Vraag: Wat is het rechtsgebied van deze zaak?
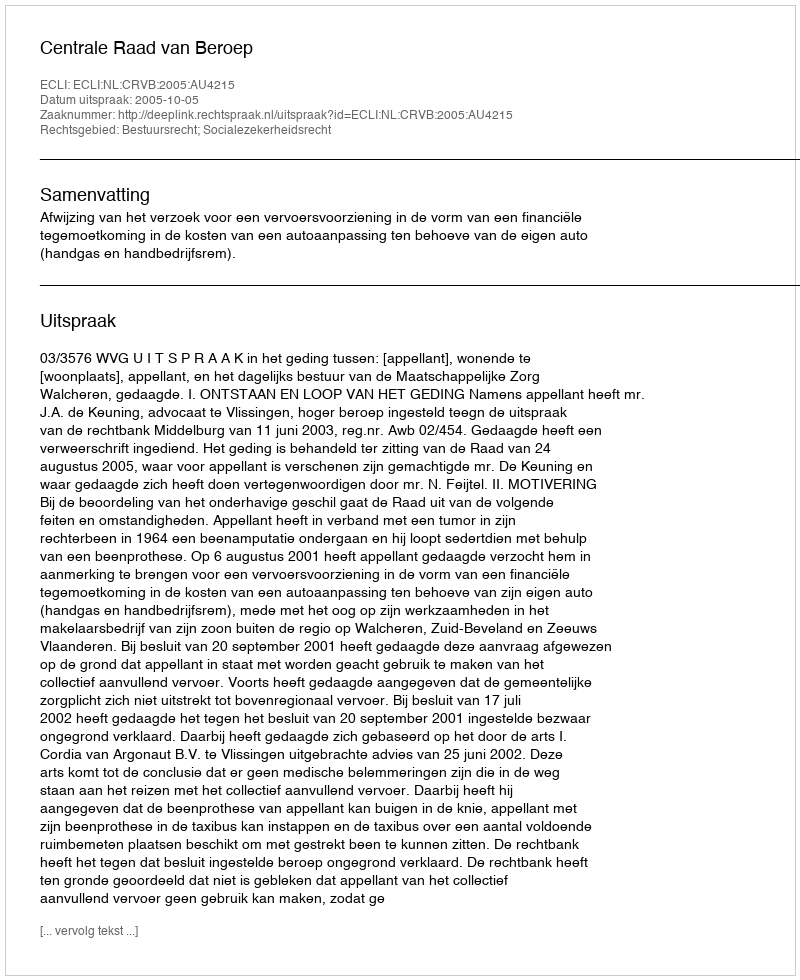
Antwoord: Bestuursrecht; Socialezekerheidsrecht